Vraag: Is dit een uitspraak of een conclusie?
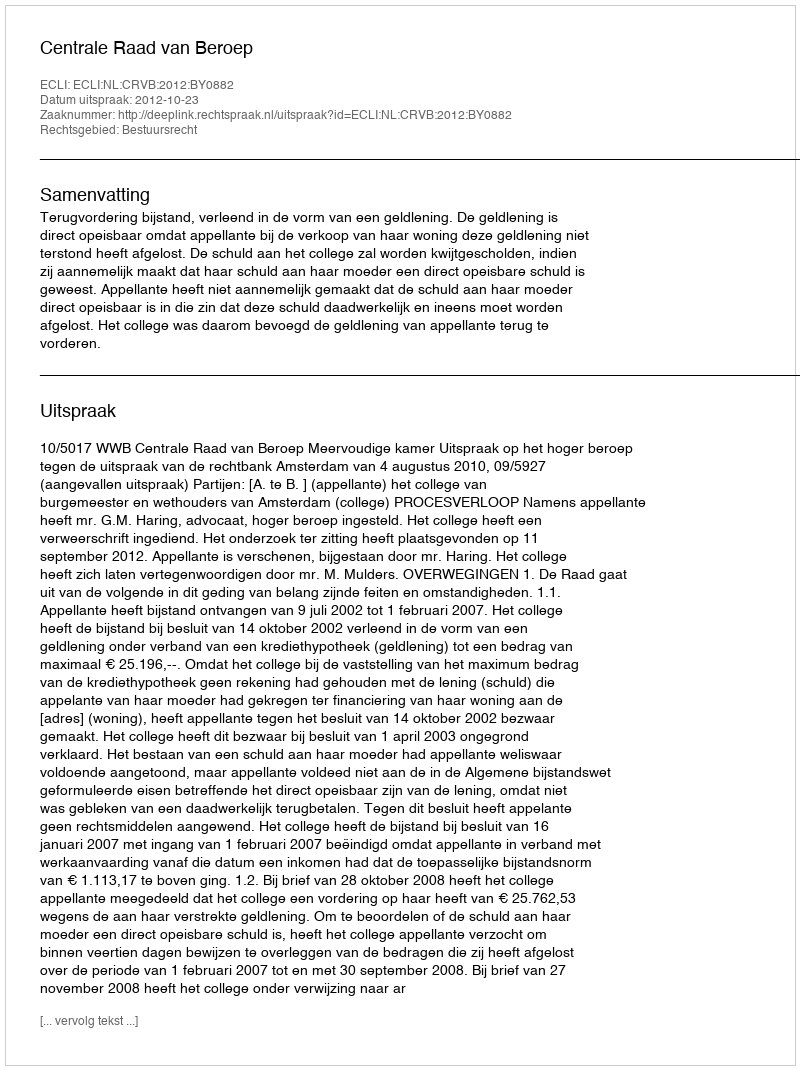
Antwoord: Uitspraak